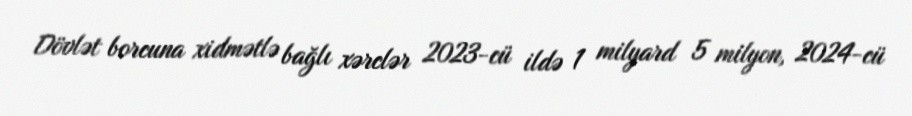
Dövlət borcuna xidmətlə bağlı xərclər 2023-cü ildə 1 milyard 5 milyon, 2024-cü